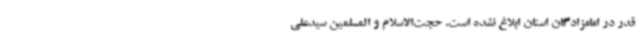
قدر در امامزادگان استان ابلاغ نشده است. حجت‌الاسلام و المسلمین سیدعلی